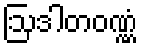
ဩဒါတဝဏ္ဏံ